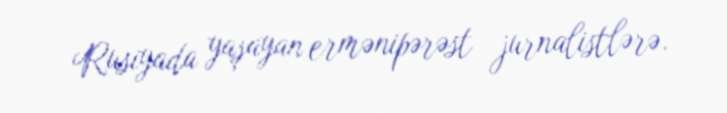
Rusiyada yaşayan ermənipərəst jurnalistlərə.